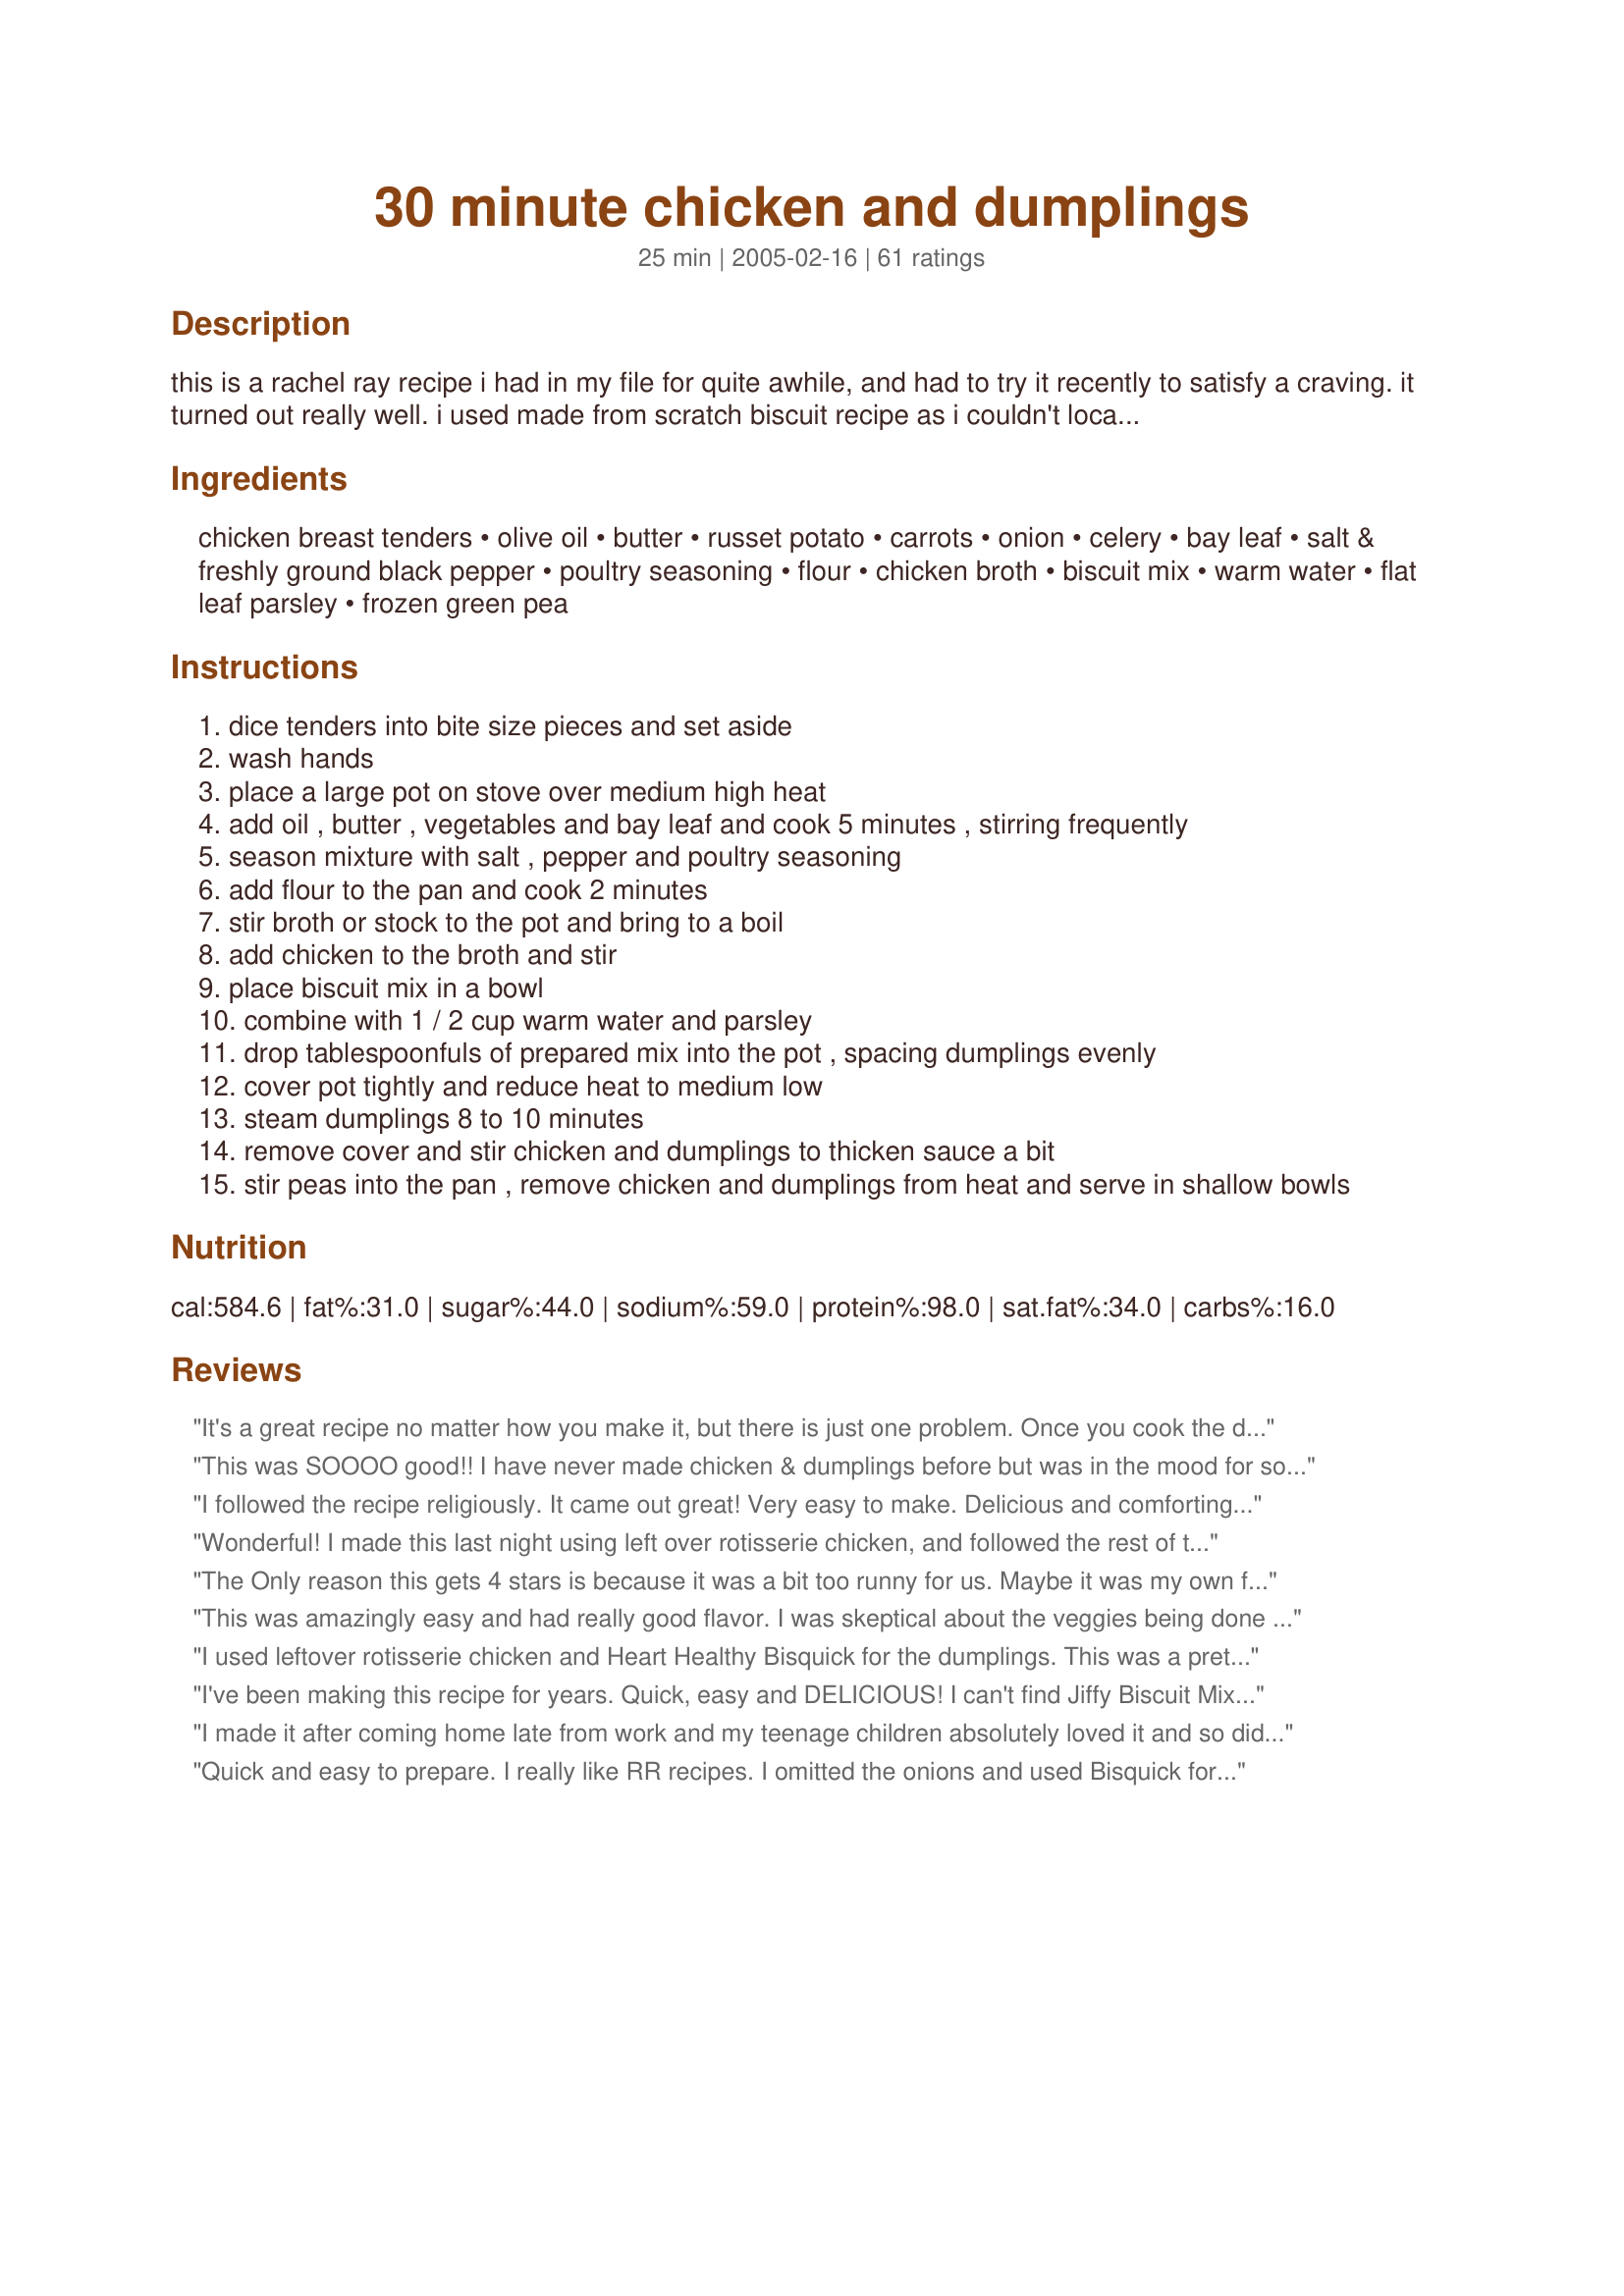
30 minute chicken and dumplings
Preparation time: 25 minutes

this is a rachel ray recipe i had in my file for quite awhile, and had to try it recently to satisfy a craving. it turned out really well. i used made from scratch biscuit recipe as i couldn't locate the jiffy mix in my area, i made about 6 biscuits. also, i think the refrigerated biscuits would work as well. otherwise i followed the recipe pretty much exactly.

Ingredients:
chicken breast tenders, olive oil, butter, russet potato, carrots, onion, celery, bay leaf, salt & freshly ground black pepper, poultry seasoning, flour, chicken broth, biscuit mix, warm water, flat leaf parsley, frozen green pea

Steps:
dice tenders into bite size pieces and set aside
wash hands
place a large pot on stove over medium high heat
add oil , butter , vegetables and bay leaf and cook 5 minutes , stirring frequently
season mixture with salt , pepper and poultry seasoning
add flour to the pan and cook 2 minutes
stir broth or stock to the pot and bring to a boil
add chicken to the broth and stir
place biscuit mix in a bowl
combine with 1 / 2 cup warm water and parsley
drop tablespoonfuls of prepared mix into the pot , spacing dumplings evenly
cover pot tightly and reduce heat to medium low
steam dumplings 8 to 10 minutes
remove cover and stir chicken and dumplings to thicken sauce a bit
stir peas into the pan , remove chicken and dumplings from heat and serve in shallow bowls

Reviews:
It's a great recipe no matter how you make it, but there is just one problem. Once you cook the dumplings, they pretty much cover the top of the pot and you really can't stir in anything else without messing them up. I add whatever I'm going to add and thicken it all before putting in the dumplings, then it's all ready to spoon out when the dumplings are done. By the way, to make dumplings from a larger box of Bisquick, follow the recipe for biscuits but add a little more milk, enough so the dough is sticky, and drop them in the hot chicken mixture.
This was SOOOO good!! I have never made chicken & dumplings before but was in the mood for some. I reduced the Poulty Seasoning to 1/4 teaspoon (personal preference) and used canned biscuits. The broth tasted so good. I actually caught my husband drinking the leaftover broth out of the bowl! Good sign!
I followed the recipe religiously. It came out great! Very easy to make. Delicious and comforting! Definitely a keeper. Thanks for posting!
Wonderful! I made this last night using left over rotisserie chicken, and followed the rest of the recipe except I followed Lori in NC and made Bisquick dumplings and added some fresh parsley and some fresh chives to the dumplings. An easy and delicious meal. Thanks for a wonderful recipe...it's definatley a favorite of ours!
The Only reason this gets 4 stars is because it was a bit too runny for us. Maybe it was my own fault, but it just didn't quite thicken up...have to wait till the next day for that I guess. The taste was good, I added a bit of Rosemary and Thyme, and used corn instead of peas, because I didn't have any, I also used a basic flour, baking powder, milk and salt dumpling recipe instead. This recipe took me 30 min to make, which was wonderful because all I had was about an hour to find a recipe with ingredients I had on hand and completly make it...and well This was the It...Will definitly make this recipe again when in a pinch for time
This was amazingly easy and had really good flavor. I was skeptical about the veggies being done but they were just right. I did cheat and use a can of biscuits and cut them into about 9 pieces per biscuit. Worked perfect without the extra time and mess of mixing up a package of biscuits.
I used leftover rotisserie chicken and Heart Healthy Bisquick for the dumplings. This was a pretty good chicken and dumplings. Thanks for sharing!
I've been making this recipe for years. Quick, easy and DELICIOUS! I can't find Jiffy Biscuit Mix in the small boxes anymore, but their large box of &quot;Baking Mix&quot; is similar and just as tasty. Don't leave the fresh parsley out of the dumplings - it makes the whole dish!
I made it after coming home late from work and my teenage children absolutely loved it and so did I. I used the Jiffy corn muffin mix instead,and it did not form nice balls or dumplings but I just tossed it in there anyway!!
Quick and easy to prepare. I really like RR recipes. I omitted the onions and used Bisquick for the dumplings ~~ steam 10 min uncovered and then 10 min covered. This dish was really tasty.
FANTASTIC!!! I forgot the potatoes somehow, but I did follow all the rest to the "T". I loved this as did the rest of the family. Can't help to think how excellent this would be for a filling in a chicken pot pie. Just take away a bit of the broth. Wondeful flavor and texture! Thanks for posting. THIS IS A KEEPER!!! Since posting this I used this as a filling for pot pie after removing the dumplings (that's what makes it creamy) and it was fantastic...I could eat this everyday!!!
This just didn't cut it for my husband and I. We followed the directions and didn't stray, but we still couldn't eat it. I guess we are spoiled by the all day sort of chicken and dumplings. We liked the idea, but it just really didn't work for us.
This took an hour for me from beginning to end. It is very good. It doesn't taste like it's long-simmered, but it does taste home-made and delicious. I only cooked the chicken long enough to make and cook the biscuits, and it was perfectly done. Juicy chicken, but no pink. I used a couple chopped baby carrots with the vegetables. I did microwave the peas for 60 seconds--not quite done--because I didn't really trust them to be done by just putting them in the finished soup. They were so...frozen. However, they were perfect this way. I only wish it made more dumplings, but I don't know where they would have cooked as the cooking surface was pretty much covered with dumplings. I will make this again, I'm sure. The only drawback was that my vegetables stuck when I was sauteeing them. I wonder if the other cook(s) used a nonstick pan.
I was excited to try this (I enjoy Rachael Ray) for my "Adopt a chef" pick. This was quick to make (faster than 30 minutes for sure). I used "White Lily" (Southern flour) Bisquick package to make up the 8 ounces (each envelope was 6 ounces, so I used almost 1 1/2 and added a little extra water. This made ample dumplings for the pot. I wanted to make sure they were cooked since this was my first time, so I left the lid on after cooking and let rest til dinner (15 minutes later). The flavor and texture is similar to a pot pie filling and the dumplings make it real homey tasting. My daughter was a little lukewarm about the dumplings (she was expecting an oriental dumpling), but the rest of us enjoyed (including teenaged son). This is a great recipe. Roxygirl — 
Edited: this reheated the next day wonderfully.
Enjoyed this recipe, not only because it was good, but because it was quick and easy, but with that long cook taste. I cut my chicken into bite size pieces and I did use canned biscuits, and it came out fine. I cooked the meal for about 15 minutes after I put the chicken in, to be sure that it was done, then added the canned biscuits that I had pinched into pieces. Cooked for about 5 minutes, then stirred to thicken. It was yummy!!!!
Made this last night and it was great! I cooked my boneless chicken breasts first in the oven w/olive oil, then shredded them.
I used 48 ounces chicken broth and used recipe #31041 Marti's Homemade Noodles (about 1/3 recipe, froze the rest) and my own dumplings.
Great recipe! Thanks AZRT
I can't believe I heven't reviewed this yet! My DH absolutely loves it whenever he feels like comfort food. I love it and, even better, I can whip up some genuine comfort with very little time involved. Thanks for posting, AZRT!
Yummy, yummy. I used sugar snap peas and only used 1 carrot because that's all I had. I used garlic and cheese biscuit mix, 3/4 teaspoon pepper, 1 1/2 teaspoons salt, and old bay seasoning as the poultry seasoning. Delicious and homey and very easy, a definate keeper.
Update - this time I used regular peas and both carrots, and discovered I like the snow peas a bit better. This time DH said it needed more dumplings, so maybe next time I'll try doubling the dumpling stuff.
I can't believe this cooked so quickly! It took me longer than 30 minutes to prepare and cook- about 45. I don't chop veggies as fast as Rachel. I didn't have celery, so I used celery salt in lieu of salt. I used reduced fat Bisquik. Other than that, I followed the recipe including cooking times. I was really curious how chicken and dumplings in 30 mins would turn out. We did not like it right after cooking. The next day the leftovers were excellent! I guess the flavors needed to meld. I will make this often (and serve it the next day). Thanks for posting!
This is my go-to Chicken and Dumpling recipe. I have made it well over 50 times. My kids request it, my neighbor has requested it, and neighborhood kids have requested it. Jiffy Mix is no longer available in my area so I use recipe #19123, Dumplings by BeckyF. These make dumplings that taste identical to the Jiffy Mix boxed biscuit mix.
This is my kids favorite soup recipe. They ask for it about every 3 weeks, even in our TX summers. I x8 the recipe, except for the dumplings and chicken, dividing it into 2 pots before I add the broth. Doubles (and more) exceptionally. I use Recipe #19123 for the dumplings.
So good! Took me a little longer than 30 minutes but worth the time. Great flavor and thickness. i used Bisquick dumplings because I prefer those.
Thank you for posting. It turned out great!
Rachel Castle
Great recipe. I just used precooked chicken, threw it all together brought to boil and used bisquick baking mix - dumpling recipe and it was wonderful and very fast!
Liked all the reviews the contributor mentioned using canned biscuits and she’s right. My mother taught me to make it that way years ago. Just cut each biscuit into 4 pieces and drop them in no fuss no mess. My mother was a great cook who learned to cook smart. Enjoy!
I have made this recipe several times and it always turns out delicious. Thanks for posting!
Chicken and dumplings do not have peas. In fact, even the other vegetables are usually strained out. This may or may not be tasty, but it is not chicken and dumplings.
Delicious and so quick and easy. This really hit home as a comfort food. I would suggest maybe doubling the dumplings (or at least one and a half as that is always the popular part of it) but as far as flavor and ease this was a great recipe! Thanks AZRT and thank God for Rachael Ray!
Loved the quick, easy and flavorful method of preparing the chicken but admit I didn't use the biscuit mix to make the dumplings.
This was GREAT!! I doubled the recipe since I was having 8 people total for dinner. There was none left! However, when doubling the recipe I did have to use a bit more flour then double and a little less then double chicken broth. I used canned biscuits(cut into 6 pieces eaach) which needed to be steamed a bit longer. My DH is picky and critical about his food reviews(even though he doesn't cook) and he ate 2 bowls with all raves! Will definite make again!!!
Great recipe! I used the dumplings from Southern Chicken and Dumplings (Recipe #5083). I'm a sucker for homemade dumplings! I did add the parsley flakes into the dough though, and they turned out great. Only one complaint - the whole recipe could definitely use more seasonings. I used a non-stick pan and didn't have any trouble with the vegetables sticking.
This is a great recipe...now, to be honest I had to change it up some. I started out as directed but after all of the veggies were done I took them out of the pot and quickly cooked my chicken pieces...added the veggies back to the pot. I didn't have poultry seasoning...so I added about a quarter to half teaspoon of sage and a good amount of salt and pepper. I used one box of chicken broth...and frozen dumplings that I get at our wal-mart...Mary Hall's I think. I used a half package of them, they come in strips and I just cut them to about one inch squares, dropped them in and let them cook about 10 minutes...and no peas. The peas seemed a odd addition to me. My very picky...I don't like chicken and dumplings family LOVED them. Not the way my Mamaw made them...but great for my family! Thanks for sharing... Oh, and as to time...I have never made a "30 minute meal" in thirty minutes...but this one was only about 40...getting better : )
I've made this 30 minute meal at least 3 times - it's probably my favorite RR recipe. True it's not exactly down home chicken & dumplings, but it tastes home made, isn't expensive, the ingredients are usually on hand and I personally love the taste. I basically follow the recipe as written. It is essential to use the poultry seasoning. The chicken never finishes dry and the quick stir of the "dumplings" thickens the meal just enough. My 3 year old as well as mom & dad love this easy dinner. Thanks for posting!
Great, dinner in one pot. My family has always put in the vegetables. Much healthier. I guess that it depends on what part of the country you from.
Soooo good! I baked off chicken breasts in the oven for 30 minutes then shredded them with forks. Other than that I followed the recipe exactly and it turned out wonderful. Definitely a keeper!
I think this would be much improved if you forgot about the 30 minute time, cooked the chicken the night before, or that morning, and make the dumplings right before you are going to eat. The chicken and broth will be better for waiting, and the dumplings don't wait well. So separate your time and improve your dumplings. I also think that covering the dumplings for part of the time will improve the texture and cook them all the way through. This recipe is very complicated for simple chicken, broth and dumplings. Don't worry if you don't have all these ingredients.
This was very good, and it was done in under 45 minutes, which is typical for me. I had to sub frozen sliced carrots, thawed, and used 2 c Bisquick and 2/3 c milk for the dumplings, which took closer to 15 minutes to cook. Will definitely make this again. Thanks for posting!
I like to substitute Tony Chachere's Original Creole Seasoning for the poultry seasoning. It adds some spice and heat which rank highly in my cooking.
Delicious! Next time I might leave out the potatoes, just a personal preference.
As Rachael Ray would say, YUM-O! This was so tasty and warming. It was very easy to make, too. I did make one change, and that was that I made my own dumplings. I'll make this again for sure!
This was very good. Simple and yummy. I left out the potatoe just because I was being lazy. smile. If you just look at the long list of ingredients, it really looks like it might be harder than what it is. Really you are just dumping it all together, so don't let this frighten you.... It is a great meal for a rainy day.
OMG, OMG, OMG!!!!! We BOTH LOVED this recipe! I omitted the potatoes, substituted 1/2 tsp oregano for the poultry seasoning and used a small can of biscuits, cut up. I'd be afraid to make it any other way since this was SOOOO good! Easy too!
My husband loves this recipe. I follow the recipe pretty closely, and instead of using the jiffy mix, make my own using flour, salt, baking soda and milk.

The first time I made this, I ended up with some really hard dumplings because I didn't use a wide pot. So the next time, I made just enough dumplings to cover the top of the pot. Then, in another pan, I made the rest of the batch (I just used additional two cans of chicken broth mixed with some poultry seasoning so the dumplings could cook in it). It came out wonderful and we ended up with light fluffy dumplings.
I used ideas from so many recipes here on 'zaar to put my chicken and dumplings dish together, but I think the thing that gave it such good flavor and texture was the idea here to saute the veggies and create a roux before adding the liquid. I fiddled with the recipe quite a bit, made my own dumplings from scratch, and used homemade veggie stock as I always have a freezer full of it. Since I didn't really follow the recipe, it wasn't by any means a 30 minute meal, but on a cold, cold night, who cares! My kitchen was warm and the house smelled great! I think the method here of doing the saute and creating the roux really was the ticket for the wonderful flavor and texture. The veggies weren't soggy and the soup base was thick and creamy as could be without actually adding cream! Thanks for posting this recipe!
Pretty good. Very fast. Needs a little more seasoning. Will play with that next time. I used Recipe #30965 for the dumplings. They were very good.
This one's a keeper! I do omit the peas but keep the rest of the recipe pretty much like it is. Thanks for a wonderful recipe.
Great comfort food! Tastes so good and it's very easy with very little clean up. A real winner. Thank you so much for posting!
My boyfriend HATES chicken and dumplings, but when I made this for him tonight, he packed the left-overs for lunch! The things that I did different was that I made my own stock by boiling a 5 lb chicken. I removed the chicken off the bone and shredded the meat and used it instead of the chicken tenders. I also added corn in addition to peas. However, I did take a short-cut and used the biscuit you buy in a tube. LOL. I cut them into quarters so that they wouldn't be raw on the inside (I steamed them like the recipe said to for 8-10 minutes). Overall, I LOVE THIS RECIPE! Thank you so much for posting it!
Delicious meal and a real man-pleaser, plus very easy to prepare. Just two changes, but one might have added additional flavor. I deboned a lemon-pepper seasoned rotisserie chicken from the deli for this recipe. The only other difference is I used the Bisquick dumplings recipe. Took me about 40 minutes, not including deboning the chicken. I served peas on the side as son does not care for them (he had broccoli), along with mashed potatoes. Thanks for this great recipe!
This. is. amazing. I had to sub one can of cream of celery soup b/c I was out of broth and boullion, but it was delicious. My southern husband loved it, as did the rest of us. I used homemade biscuit-type dumplings.
This definately took longer than 30 minutes (more like an hour total.) I used biscuits from scratch with whole wheat flour, one large chicken breast which I cut in small cubes and put in with the vegetables instead of after, and celery salt in place of the salt because I had no celery. Overall it was delicious and easy, and even the baby liked it! Next time I'm going to use more chicken stock because it was a little too dry.
Very yummy, the husband loved it! I added quartered crimini mushrooms and glad I did. I used my own dumpling recipe, Dumplings for Soup
Recipe #335387. I will definitely make this again, thanks for posting it ~
I made a few changes to this: cooked it longer, before the dumplings and broth. I used low-sodium chicken broth, whole wheat flour, and Arrowhead Mills Gluten-Free All Pupose baking mix. I didn't like how the baking mix turned into dumplings- they were too dry, but even with the dryness The meal was scrumptous! My 17-mo-old loved it, and he has been so picky lately. Yum, yum, yum! Will def. make again w/ a different biscuit/ dumpling. I wanted something w/ whole grain and fast- better keep looking.
Yummy! I cut the veggies very small and the kids gobbled it up without even noticing they were there!
This is my six year old's favorite meal! I have to make it every couple of weeks in the winter because it is the ultimate comfort food. I always have the ingredients on hand and it truly does take only 30 minutes. When I first saw Rachael Ray make it, the only seasoning she used was salt and pepper and that's all I use. I sometimes omit the parsley from the dumplings and it is always delicious. I like this even better than my Grandma's chicken and dumplings (that takes all day to make). This recipe is a winner! I would highly recommend it. Thanks for posting AZRT.
I'll try any Chicken with Dumpling recipe and usually like or love it. Simple comfort food. This was okay. A little bland, so would add more seasoning and salt (or better-hot sauce) next time. Though I doubt I'll do again - too much chopping and preparing vegetables. But I had all the ingredients, so thought I'd give it a go. However, my biggest complaint with this is the dumpling part. I had Jiffy mix, but never used for dumplings and it didn't work for me. Followed directions to the letter, and they looked great when all was done, but as soon as time came to ladle and serve, they completely dissolved and as a result I lost half of the recipe's title. I've used Bisquick's dumpling recipe in past recipes and they always set firm and never dissolve. I recommend using Bisquick.
This was delicious and a perfect meal on a cold winter evening! It took me 50 minutes to prepare from start to finish. I suppose if you had your veggies and meat already chopped then it would have only taken 30. I will be making this for my family again! We loved it!
I must admit this was the first time I'd made chicken and dumplings without the help of my grandmother... plus I only had sodium free chicken broth, no frozen peas, and no FRESH parsley... Also I made my dumplings from scrath, adding a bit of Itlaian Seasoning and substituting the warm water for cool/luke warm buttermilk (f0r flavor)... The finished product was ok on taste and textur...the chicken bits and dumplings weren't as tender as I would have liked but the veggies had just the right amt of crunch left to them...once I came back fofr a second taste the dumplings and chicken had cooled to warm...the flavor was a bit more intense versus the blandness I'd experienced on the first test...so I agree with the other lady...once you let the dish sit and let all the flavor meld... it tastes a whole lot better :) I recommend this for beginners cuz it was SO easy for me...took about 40-50 minutes cuz I was sharing the kitchen with my roommates at the time.
I am a big fan of Rachael Ray&#039;s recipes. This one was so easy and delicious. The broth was just too good. Filling and very comfy--perfect rainy day food. Thanks for sharing.
Chicken and dumplings is hands down one of my favorite meals. This was pretty tasty. Still doesn't add up to the "Big Thicket" recipe on this site, but it is much easier!
This was a big hit at my house. I mixed up homemade biscuit dough rather than using a mix. It was easy enough to mix up the dough while the chicken was cooking.
